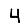
Digit: 4